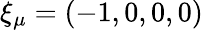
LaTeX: \xi_{\mu}=(-1,0,0,0)